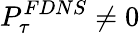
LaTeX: P_{\tau}^{FDNS}\ne 0